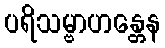
ပရိသမ္ဗာဟန္တေန